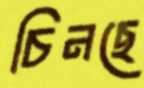
চিনছে